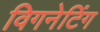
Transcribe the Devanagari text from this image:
विगनेटिंग